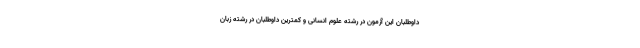
داوطلبان این آزمون در رشته علوم انسانی و کمترین داوطلبان در رشته زبان